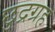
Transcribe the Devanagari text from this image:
छुद्रग्रह